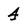
Character: 4